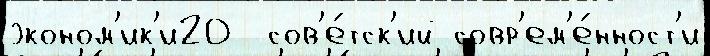
эконом'ик'и20  сов'е́тск'ий совр'ем'е́нност'и